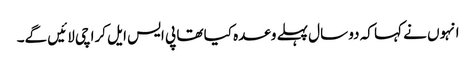
انہوں نے کہا کہ دو سال پہلے وعدہ کیا تھا پی ایس ایل کراچی لائیں گے۔